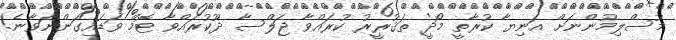
މުސްލިމުންނަށް އަނިޔާ ކުރާތީ މޯދީ ތަޤުރީރު ކުރައްވާ ޖަލްސާ ދޫކުރައްވާ ޓޮމް ވަޑައިގަންނަވާނެ!